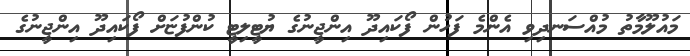
މައުލޫމާތު މުއްސަނދިވި އެންމެ ފަހުން ފޯކައިދޫ އިންޖީނުގެ ޔުޓީލިޓީ ކުންފުޏަށް ފޯކައިދޫ އިންޖީނުގެ